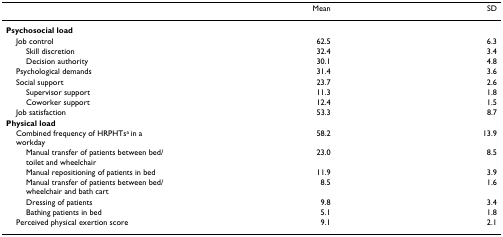
|  | Mean | SD |
 | --- | --- | --- |
 | Psychosocial load |  |  |
 | Job control | 62.5 | 6.3 |
 | Skill discretion | 32.4 | 3.4 |
 | Decision authority | 30.1 | 4.8 |
 | Psychological demands | 31.4 | 3.6 |
 | Social support | 23.7 | 2.6 |
 | Supervisor support | 11.3 | 1.8 |
 | Coworker support | 12.4 | 1.5 |
 | Job satisfaction | 53.3 | 8.7 |
 | Physical load |  |  |
 | Combined frequency of HRPHTsa in a workday | 58.2 | 13.9 |
 | Manual transfer of patients between bed/toilet and wheelchair | 23.0 | 8.5 |
 | Manual repositioning of patients in bed | 11.9 | 3.9 |
 | Manual transfer of patients between bed/wheelchair and bath cart | 8.5 | 1.6 |
 | Dressing of patients | 9.8 | 3.4 |
 | Bathing patients in bed | 5.1 | 1.8 |
 | Perceived physical exertion score | 9.1 | 2.1 |